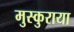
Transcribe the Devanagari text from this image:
मुस्कुराया